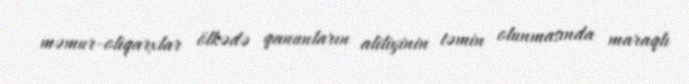
məmur-oliqarxlar ölkədə qanunların aliliyinin təmin olunmasında maraqlı